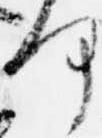
何